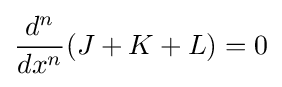
{\frac {d^{n}}{dx^{n}}}(J+K+L)=0